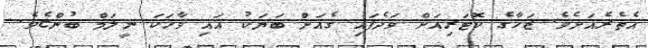
އެތެރެއަށެވެ. ޒަހާގެ ކޮޓަރިއަށް ވަދެފައި ގެއަށް ބަޔަކު އައި ވާހަކަ ނީލަމް ބުންޏެވެ.